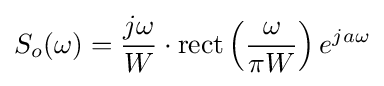
S_{o}(\omega )={\frac {j\omega }{W}}\cdot \operatorname {rect} \left({\omega  \over \pi W}\right)e^{ja\omega }